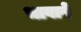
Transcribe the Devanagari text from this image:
भावावें